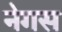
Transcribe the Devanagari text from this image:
नेगस